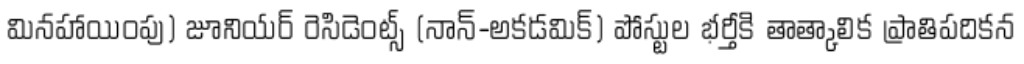
మినహాయింపు) జూనియర్ రెసిడెంట్స్ (నాన్-అకడమిక్) పోస్టుల భర్తీకి తాత్కాలిక ప్రాతిపదికన